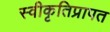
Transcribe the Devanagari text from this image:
स्वीकृतिप्रापत